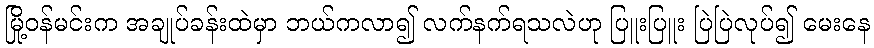
မြို့ဝန်မင်းက အချုပ်ခန်းထဲမှာ ဘယ်ကလာ၍ လက်နက်ရသလဲဟု ပြူးပြူး ပြဲပြဲလုပ်၍ မေးနေ